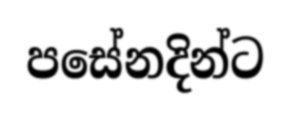
පසේනදින්ට